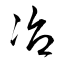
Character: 冶